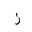
Letter: _zay